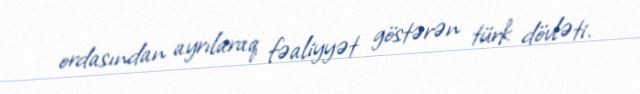
ordasından ayrılaraq fəaliyyət göstərən türk dövləti.